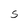
Character: S